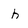
Character: h